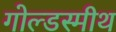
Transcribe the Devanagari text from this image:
गोल्डस्मीथ